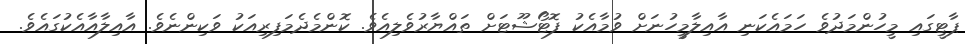
ޕާޓީގައި މީހުންމަދުވެ ހަމައެކަނި އާއިލާމީހުނަށް ވުމާއެކު ފޮޓޯޝޫޓަށް ތައްޔާރުވެެލިއެވެ. ކޮންމެދެމަފިރިއަކު ވަކިންނެވެ. އާއިލާއާއެކުގައެވެ.